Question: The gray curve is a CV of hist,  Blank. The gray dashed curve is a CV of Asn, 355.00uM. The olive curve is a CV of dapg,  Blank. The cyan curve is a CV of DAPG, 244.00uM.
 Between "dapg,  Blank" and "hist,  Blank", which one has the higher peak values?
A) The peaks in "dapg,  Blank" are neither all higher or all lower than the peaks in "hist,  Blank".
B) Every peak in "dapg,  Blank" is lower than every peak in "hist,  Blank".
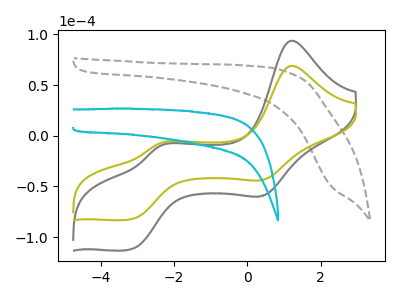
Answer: <think>The gray curve "hist,  Blank" has anodic peaks at (1.20V, 93.85uA) (-2.40V, -10.10uA) and cathodic peaks at (0.45V, -58.80uA) (-3.20V, -112.30uA). The gray dashed curve "Asn, 355.00uM" has no peaks. The olive curve "dapg,  Blank" has anodic peaks at (1.20V, 69.00uA) (-2.40V, -7.45uA) and cathodic peaks at (0.45V, -43.25uA) (-3.20V, -82.60uA). The cyan curve "DAPG, 244.00uM" has no peaks.</think>
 <answer>A) The peaks in "dapg,  Blank" are neither all higher or all lower than the peaks in "hist,  Blank".</answer>
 <eval>A</eval>